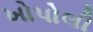
ખોપોલી